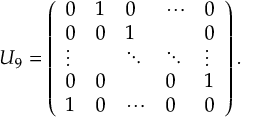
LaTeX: U _ { 9 } = \left( \begin{array} { l l l l l } { { 0 } } & { { 1 } } & { { 0 } } & { { \cdots } } & { { 0 } } \\ { { 0 } } & { { 0 } } & { { 1 } } & { { } } & { { 0 } } \\ { { \vdots } } & { { } } & { { \ddots } } & { { \ddots } } & { { \vdots } } \\ { { 0 } } & { { 0 } } & { { } } & { { 0 } } & { { 1 } } \\ { { 1 } } & { { 0 } } & { { \cdots } } & { { 0 } } & { { 0 } } \end{array} \right) .